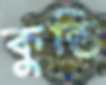
কুন্তি